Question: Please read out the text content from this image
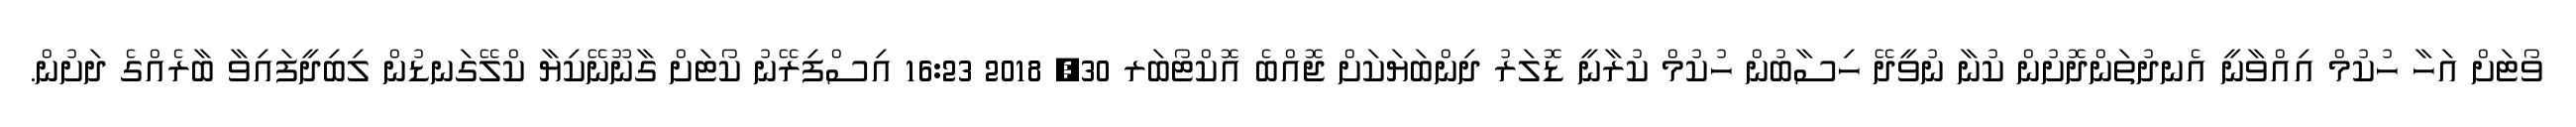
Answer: ވޯޓަށް އަހާ ހުކުމް އިއްވާނީ އެނދުތަންދޮށުން ކުނާ ނުވީދޭ ހިސާބުން ހުކުމް ކުރާނީ ޑޮލަރު ދިންބަޔަކަށް ޖޮއްބެ އޮކްޓޯބަރ 30, 2018 16:23 އިސްފިރޭނު ކޯޓަށް ގާނޫނޭކިޔާ ކްލޭގަނޑުން ލިބިދީފައިވާ ބާރެއްގެ ދަށުން.